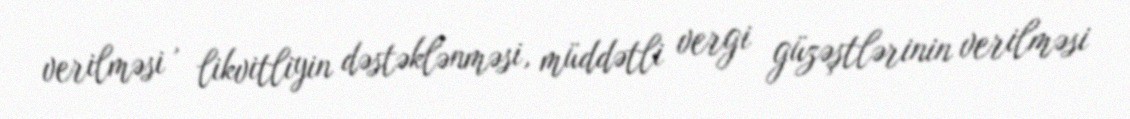
verilməsi , likvitliyin dəstəklənməsi, müddətli vergi güzəştlərinin verilməsi